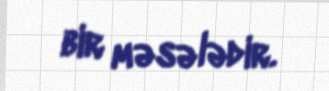
bir məsələdir.